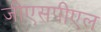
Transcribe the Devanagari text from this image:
जीएसपीएल